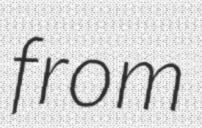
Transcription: from